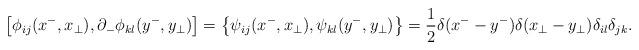
LaTeX: \begin{align*}\left[\phi_{ij}(x^-,x_\perp),\partial_-\phi_{kl}(y^-,y_\perp)\right]=\left\{\psi_{ij}(x^-,x_\perp),\psi_{kl}(y^-,y_\perp)\right\}=\frac{1}{2}\delta(x^- -y^-)\delta(x_\perp -y_\perp)\delta_{il}\delta_{jk}.\end{align*}